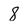
Character: 8